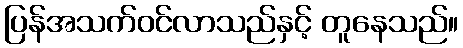
ပြန်အသက်ဝင်လာသည်နှင့် တူနေသည်။